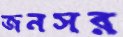
জনসর